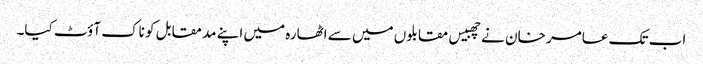
اب تک عامر خان نے چھبیس مقابلوں میں سے اٹھارہ میں اپنے مد مقابل کو ناک آؤٹ کیا۔